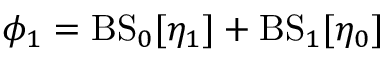
\phi _ { 1 } = \mathrm { B S } _ { 0 } [ \eta _ { 1 } ] + \mathrm { B S } _ { 1 } [ \eta _ { 0 } ]